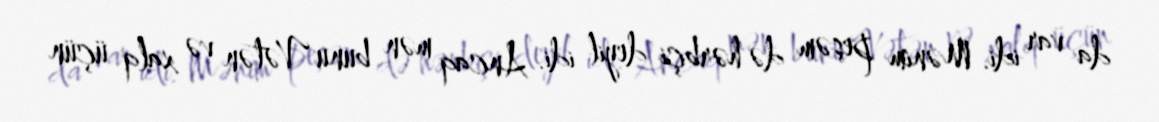
da var idi. Mənim peşəm də hərbçi deyil idi. Ancaq mən bunu Vətən və xalq üçün